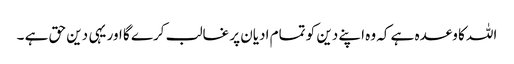
اللہ کا وعدہ ہے کہ وہ اپنے دین کو تمام ادیان پر غالب کرے گا اور یہی دین حق ہے ۔